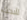
لأبحث